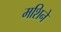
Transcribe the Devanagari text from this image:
मशिने